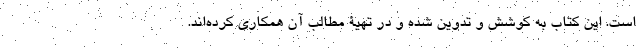
است. این کتاب به کوشش و تدوین شده و در تهیۀ مطالب آن همکاری کرده‌اند.